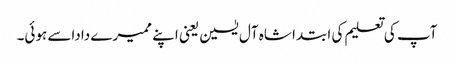
آپ کی تعلیم کی ابتدا شاہ آل یٰسین یعنی اپنے ممیرے داداسے ہوئی۔